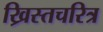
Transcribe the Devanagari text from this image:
ख्रिस्तचरित्र